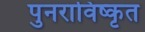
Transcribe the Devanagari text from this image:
पुनराविष्कृत